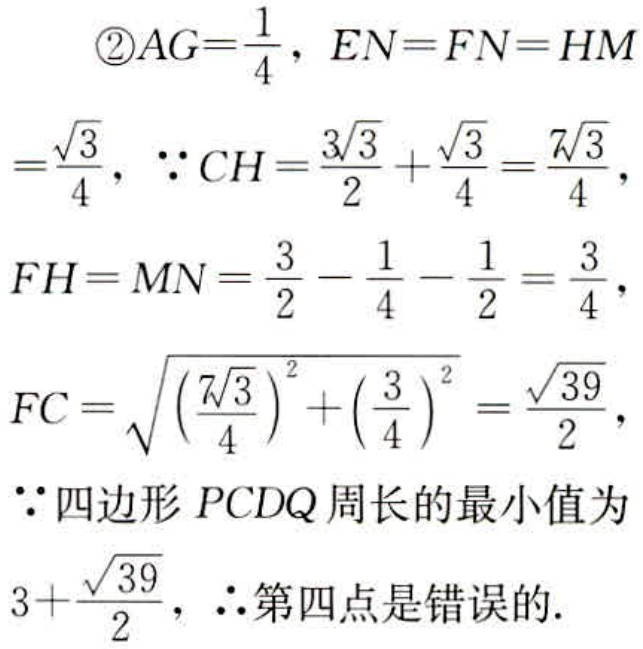
\begin{align*}
&\textcircled{2}AG = \frac{1}{4},\ EN = FN = HM\\
&=\frac{\sqrt{3}}{4},\ \because CH=\frac{3\sqrt{3}}{2}+\frac{\sqrt{3}}{4}=\frac{7\sqrt{3}}{4},\\
&FH = MN=\frac{3}{2}-\frac{1}{4}-\frac{1}{2}=\frac{3}{4},\\
&FC=\sqrt{\left(\frac{7\sqrt{3}}{4}\right)^2+\left(\frac{3}{4}\right)^2}=\frac{\sqrt{39}}{2},\\
&\because\text{四边形}PCDQ\text{周长的最小值为}\\
&3+\frac{\sqrt{39}}{2},\ \therefore\text{第四点是错误的.}
\end{align*}